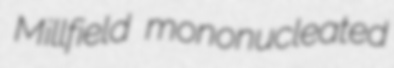
Millfield mononucleated